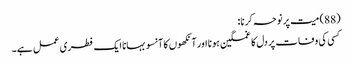
(88) میت پر نوحہ کرنا:
کسی کی وفات پر دل کا غمگین ہونا اور آنکھوں کا آنسو بہانا ایک فطری عمل ہے۔